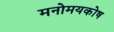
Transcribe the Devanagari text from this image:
मनोमयकोष